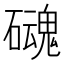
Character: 𱴹